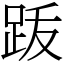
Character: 䟦